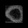
Digit: ၀